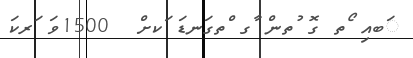
ަބއި ޯތ ގޮ ުތން ާގ ްތގަނޑަ ަކށް  1500ވަ ަރކަ